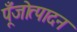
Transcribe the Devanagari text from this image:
पूँजोत्पादन